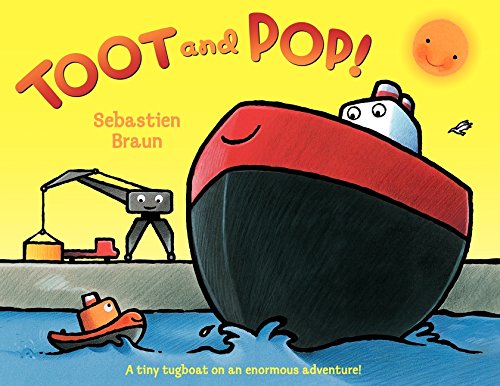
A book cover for Toot and Pop!; Sebastien Braun; Children's Books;